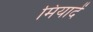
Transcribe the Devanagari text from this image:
मियादें